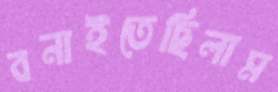
বনাইতেছিলাম